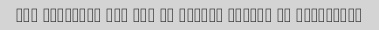
The delivery guy was SO polite thanks to SnappFood